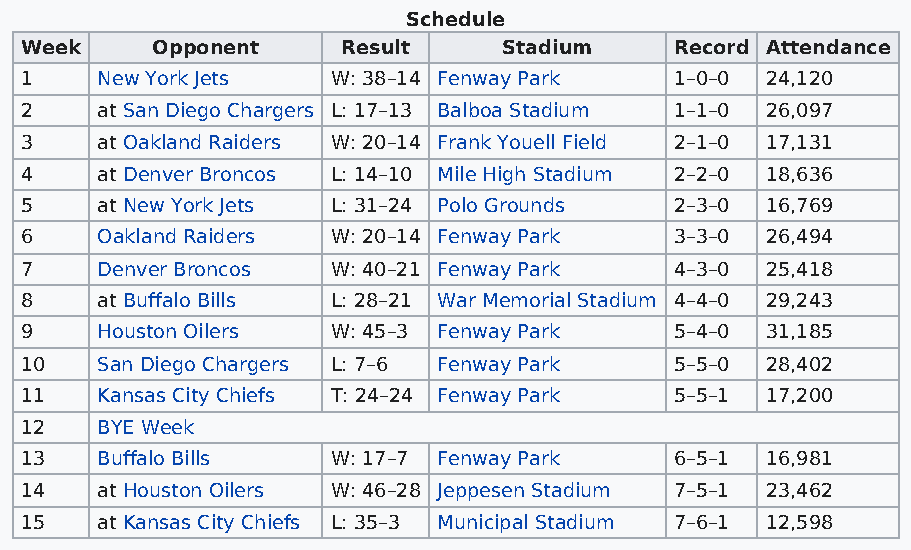
Schedule
 Week     Opponent     Result    Stadium     Record Attendance
 1    New York Jets   W: 38–14 Fenway Park   1–0–0 24,120
 2    at San Diego Chargers L: 17–13 Balboa Stadium 1–1–0 26,097
 3    at Oakland Raiders W: 20–14 Frank Youell Field 2–1–0 17,131
 4    at Denver Broncos L: 14–10 Mile High Stadium 2–2–0 18,636
 5    at New York Jets L: 31–24 Polo Grounds 2–3–0 16,769
 6    Oakland Raiders W: 20–14 Fenway Park   3–3–0 26,494
 7    Denver Broncos  W: 40–21 Fenway Park   4–3–0 25,418
 8    at Buffalo Bills L: 28–21 War Memorial Stadium 4–4–0 29,243
 9    Houston Oilers  W: 45–3 Fenway Park    5–4–0 31,185
 10   San Diego Chargers L: 7–6 Fenway Park  5–5–0 28,402
 11   Kansas City Chiefs T: 24–24 Fenway Park 5–5–1 17,200
 12   BYE Week
 13   Buffalo Bills   W: 17–7 Fenway Park    6–5–1 16,981
 14   at Houston Oilers W: 46–28 Jeppesen Stadium 7–5–1 23,462
 15   at Kansas City Chiefs L: 35–3 Municipal Stadium 7–6–1 12,598